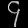
Digit: ၄